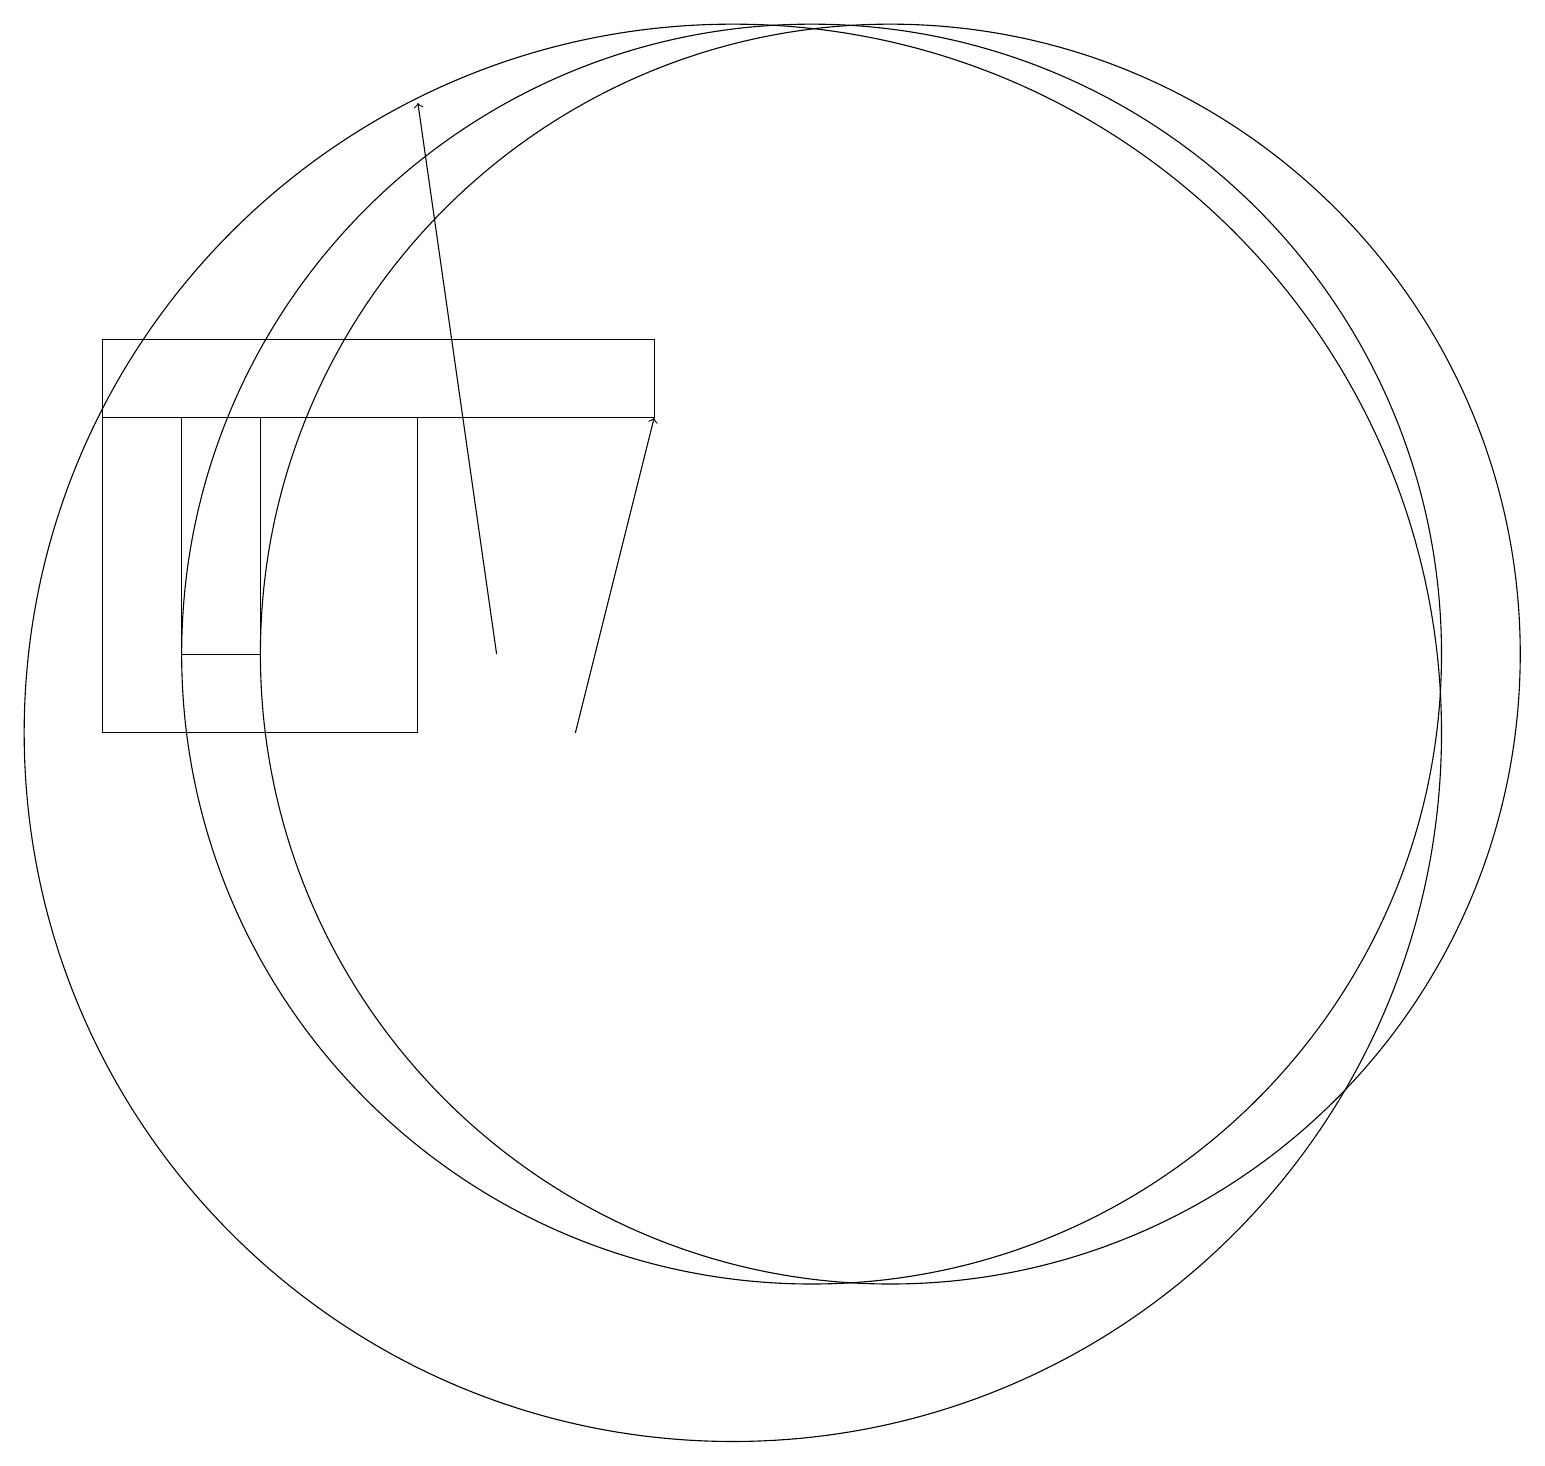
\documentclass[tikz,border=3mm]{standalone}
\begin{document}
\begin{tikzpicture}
\draw (6,14) rectangle (2,10);
\draw (11,11) circle (8);
\draw (10,10) circle (9);
\draw[->] (8,10) -- (9,14);
\draw (9,15) rectangle (2,14);
\draw (3,14) rectangle (4,11);
\draw[->] (7,11) -- (6,18);
\draw (12,11) circle (8);
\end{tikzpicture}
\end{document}